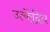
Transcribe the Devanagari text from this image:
उत्केंद्रित